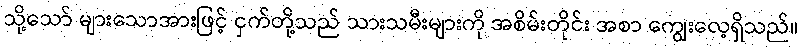
သို့သော် များသောအားဖြင့် ငှက်တို့သည် သားသမီးများကို အစိမ်းတိုင်း အစာ ကျွေးလေ့ရှိသည်။